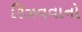
રિઝવવાનો